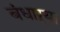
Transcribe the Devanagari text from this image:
बंधाऱ्या